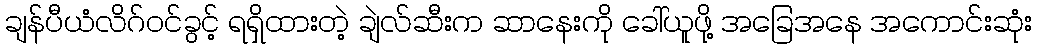
ချန်ပီယံလိဂ်ဝင်ခွင့် ရရှိထားတဲ့ ချဲလ်ဆီးက ဆာနေးကို ခေါ်ယူဖို့ အခြေအနေ အကောင်းဆုံး